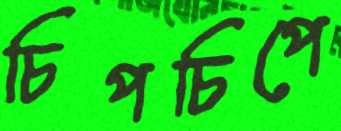
চিপচিপে